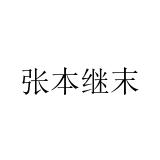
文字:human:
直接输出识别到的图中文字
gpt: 张本继末